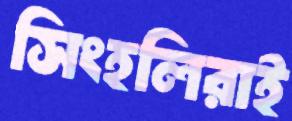
সিংহলিরাই